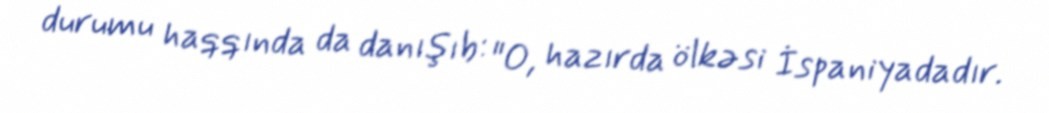
durumu haqqında da danışıb: "O, hazırda ölkəsi İspaniyadadır.